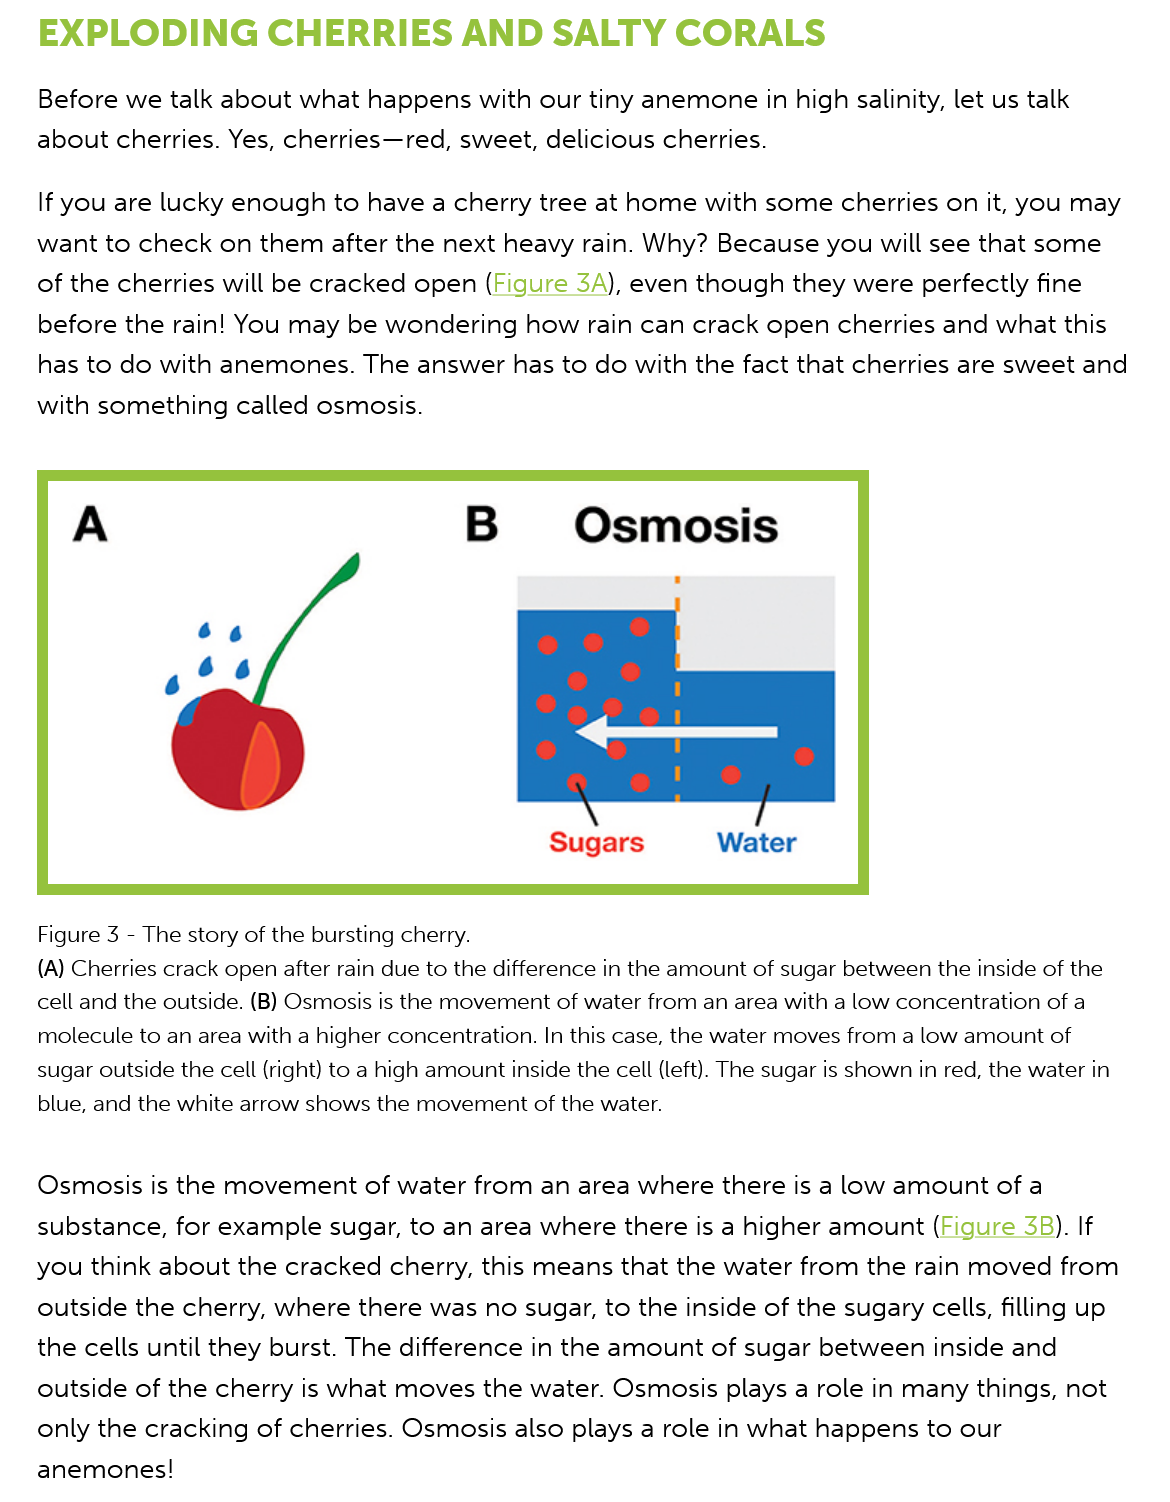
EXPLODING    CHERRIES    AND    SALTY    CORALS
    Before we  talk about what  happens with  our tiny anemone in  high salinity, let us talk
    about cherries. Yes, cherries—red, sweet, delicious cherries.
    If you are lucky enough  to have a cherry tree at home  with some cherries  on it, you may
    want to check  on them  after the next heavy  rain. Why? Because  you  will see that some
    of the cherries will be cracked open (Figure 3A), even though  they were  perfectly fine
    before the rain! You may  be wondering   how rain can  crack open  cherries and what this
    has to do with anemones.   The  answer has to  do with the fact that cherries are sweet and
    with something  called osmosis.
     Osmosis
     Sugars    Water
    Figure 3
     -
     The story of the bursting cherry.
    (A) Cherries crack open after rain due to the difference in the amount of sugar between the inside of the
    cell and the outside. (B) Osmosis is the movement of water from an area with a low concentration of a
    molecule to an area with a higher concentration. In this case, the water moves from a low amount of
    sugar outside the cell (right) to a high amount inside the cell (left). The sugar is shown in red, the water in
    blue, and the white arrow shows the movement of the water.
    Osmosis  is the movement   of water from  an area where there  is a low amount of  a
    substance, for example  sugar, to an area where there  is a higher amount (Figure  38). If
    you think about  the cracked cherry, this means  that the water from the rain moved   from
    outside the cherry, where  there was no  sugar, to the inside of the sugary cells, filling up
    the cells until they burst. The difference in the amount of sugar between inside  and
    outside of the cherry is what moves  the water. Osmosis   plays a role in many things, not
    only the cracking of cherries. Osmosis  also plays a role in what happens to our
    anemones!